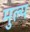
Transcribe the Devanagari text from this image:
मुल्‍य